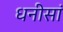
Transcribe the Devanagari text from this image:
धनीसां